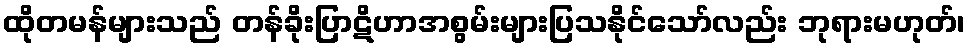
ထိုတမန်များသည် တန်ခိုးပြာဋိဟာအစွမ်းများပြသနိုင်သော်လည်း ဘုရားမဟုတ်၊